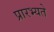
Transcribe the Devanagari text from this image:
प्रारभ्यते